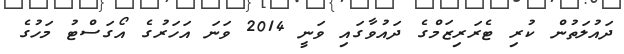
ދައުލަތުން ކުރި ޓެރަރިޒަމްގެ ދައުވާގައި ވަނީ 2014 ވަނަ އަހަރުގެ އޯގަސްޓު މަހުގެ